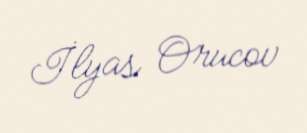
İlyas Orucov